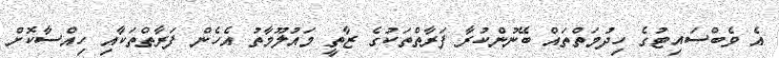
އެ ވެބްސައިޓުގެ ހިދުމަތްތައް ބޭނުންކުރާ ފަރާތްތަކުގެ ޒާތީ މައުލޫމާތު އެހެން ފަރާތްތަކާއި ހިއްސާކޮށް